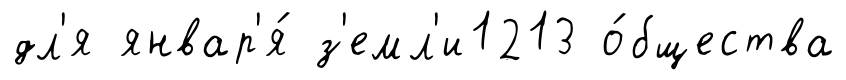
дл'я январ'я́ з'емл'и1213 о́бщества